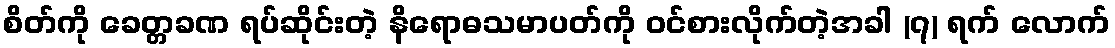
စိတ်ကို ခေတ္တခဏ ရပ်ဆိုင်းတဲ့ နိရောဓသမာပတ်ကို ဝင်စားလိုက်တဲ့အခါ (၇) ရက် လောက်